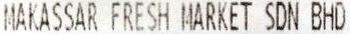
MAKASSAR FRESH MARKET SDN BHD